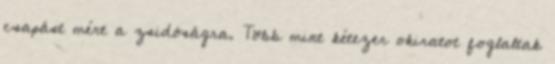
csapást mért a zsidóságra. Több mint kétezer okiratot foglaltak